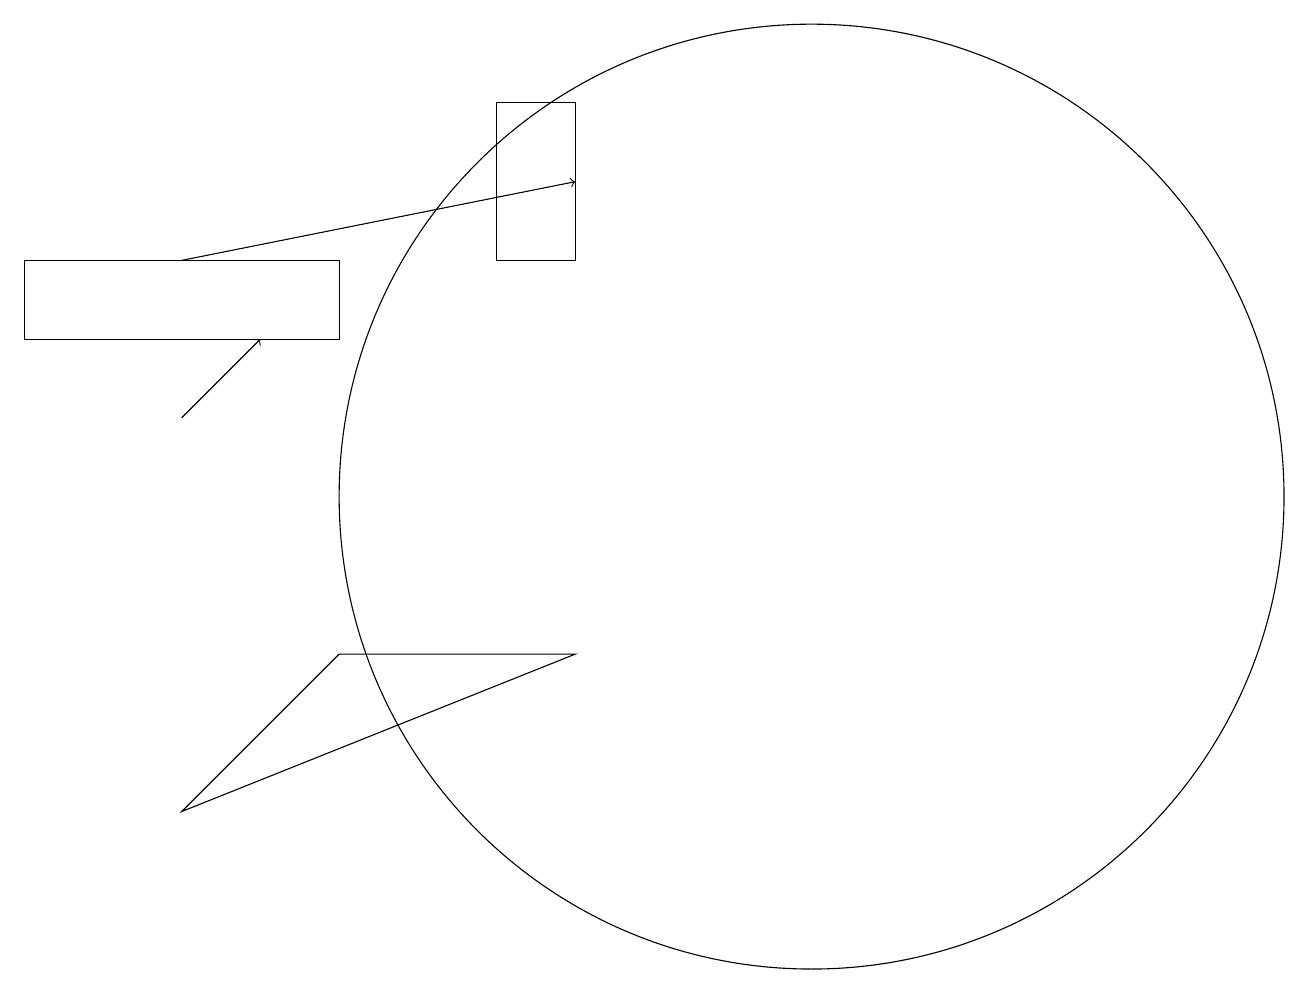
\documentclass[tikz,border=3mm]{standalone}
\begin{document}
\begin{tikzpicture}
\draw[->] (3,13) -- (8,14);
\draw (11,10) circle (6);
\draw (7,15) rectangle (8,13);
\draw (3,6) -- (8,8) -- (5,8) -- cycle;
\draw (5,12) rectangle (1,13);
\draw[->] (3,11) -- (4,12);
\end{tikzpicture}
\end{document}